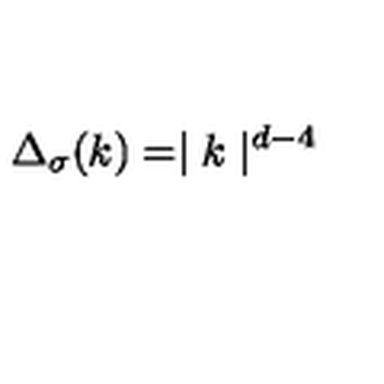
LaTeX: \Delta _ { \sigma } ( k ) = \mid { k } \mid ^ { d - 4 }